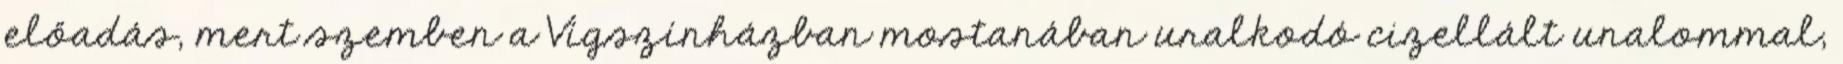
előadás, mert szemben a Vígszínházban mostanában uralkodó cizellált unalommal,